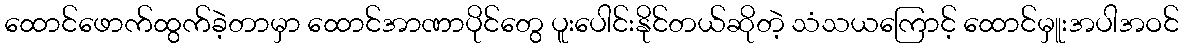
ထောင်ဖောက်ထွက်ခဲ့တာမှာ ထောင်အာဏာပိုင်တွေ ပူးပေါင်းနိုင်တယ်ဆိုတဲ့ သံသယကြောင့် ထောင်မှူးအပါအဝင်